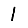
Digit: 1